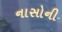
નાસોની